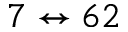
7 \leftrightarrow 6 2